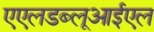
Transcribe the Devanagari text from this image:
एएलडब्लूआईएल